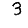
Digit: 3